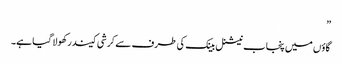
”
گاؤں میں پنجاب نیشنل بینک کی طرف سے کرشی کیندر کھولا گیا ہے۔